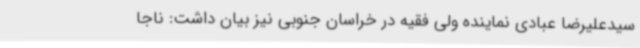
سیدعلیرضا عبادی نماینده ولی فقیه در خراسان جنوبی نیز بیان داشت: ناجا